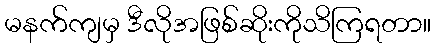
မနက်ကျမှ ဒီလိုအဖြစ်ဆိုးကိုသိကြရတာ။